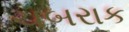
ચબરાક